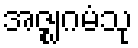
အဇ္ဈဂမံသု